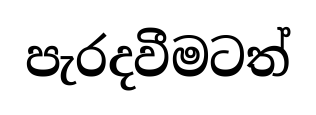
පැරදවීමටත්